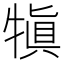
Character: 𤛇